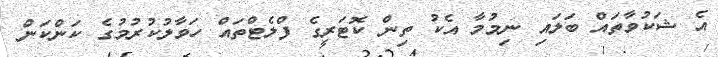
އެ ޝަކުވާތައް ބަލައި ނިމުމާ އެކު ތިން ކޮޓަރީގެ ފްލެޓްތައް ހަވާލުކުރުމުގެ ކަންކަން